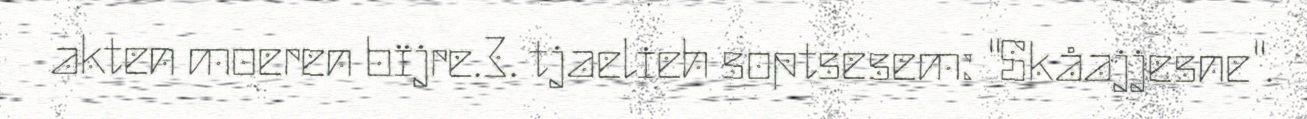
akten moeren bïjre.3. tjaelieh soptsesem: "Skåajjesne".